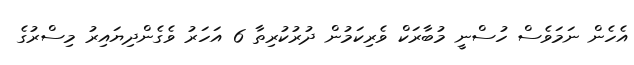
އެހެން ނަމަވެސް ހުސްނީ މުބާރަކް ވެރިކަމުން ދުރުކުރިތާ 6 އަހަރު ވެގެންދިޔައިރު މިސްރުގެ